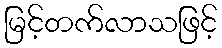
မြင့်တက်လာသဖြင့်